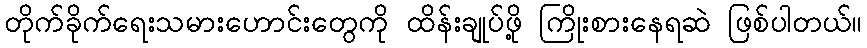
တိုက်ခိုက်ရေးသမားဟောင်းတွေကို ထိန်းချုပ်ဖို့ ကြိုးစားနေရဆဲ ဖြစ်ပါတယ်။